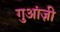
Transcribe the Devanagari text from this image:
गुआंज़ी